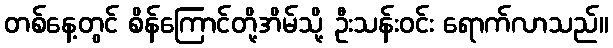
တစ်နေ့တွင် စိန်ကြောင်တို့အိမ်သို့ ဦးသန်းဝင်း ရောက်လာသည်။